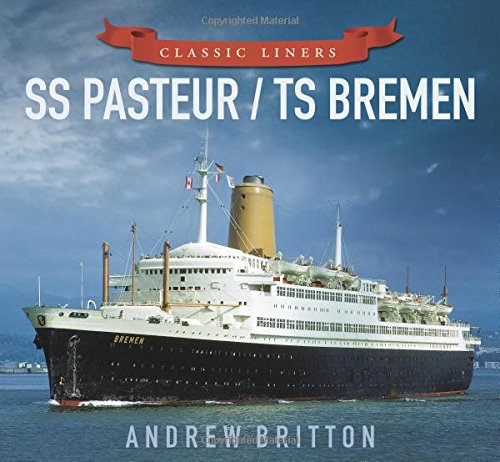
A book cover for SS Pasteur/TS Bremen (Classic Liners); Andrew Britton; Arts & Photography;